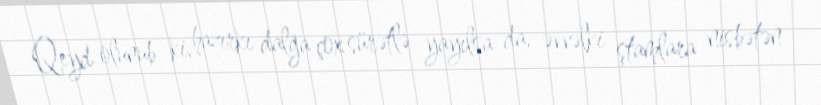
Qeyd olunub ki, hazırkı dalğa çox sürətlə yayılsa da, əvvəlki ştamlara nisbətən